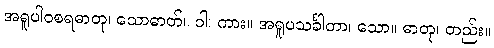
အရူပါဝစရဓာတု၊ သောဓာတ်။ ဝါ၊ ကား။ အရူပသင်္ခါတာ၊ သော။ ဓာတု၊ တည်း။